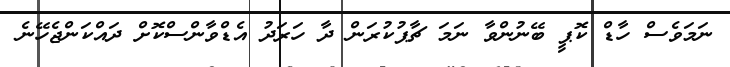
ނަމަވެސް ހާޑް ކޮޕީ ބޭނުންވާ ނަމަ ޗާޕުކުރަން ދާ ހަރަދު އެޑްވާންސްކޮށް ދައްކަންޖެހޭނެ